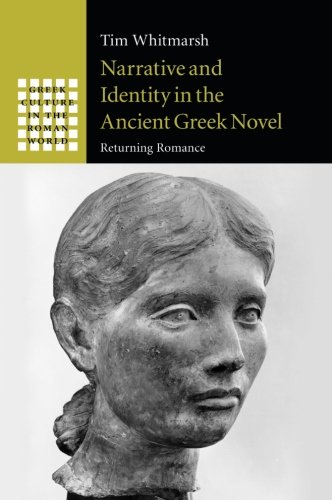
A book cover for Narrative and Identity in the Ancient Greek Novel: Returning Romance (Greek Culture in the Roman World); Tim Whitmarsh; Literature & Fiction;